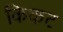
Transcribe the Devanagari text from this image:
किकट